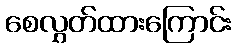
စေလွှတ်ထားကြောင်း